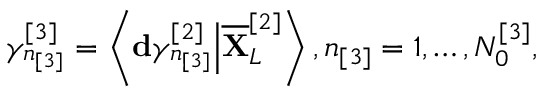
\gamma _ { n _ { [ 3 ] } } ^ { [ 3 ] } = \left\langle \mathbf { d } \gamma _ { n _ { [ 3 ] } } ^ { [ 2 ] } \Big \vert \overline { { \mathbf { X } } } _ { L } ^ { [ 2 ] } \right\rangle , n _ { [ 3 ] } = 1 , \dots , N _ { 0 } ^ { [ 3 ] } ,